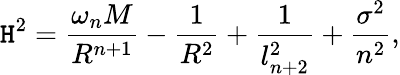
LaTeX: \mathtt{H}^{2}=\frac{{\omega_{n}M}}{{R^{n+1}}}-\frac{{1}}{{R^{2}}}+\frac{{1}}{{l_{n+2}^{2}}}+\frac{{\sigma^{2}}}{{n^{2}}},